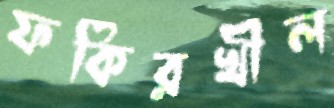
ফকিরখীল